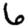
Digit: 6